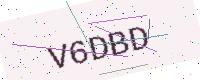
Text: V6DBD